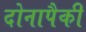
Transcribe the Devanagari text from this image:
दोनापैकी